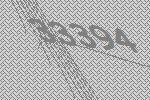
33394